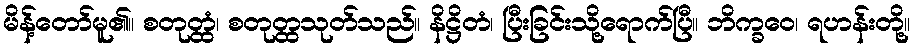
မိန့်တော်မူ၏။ စတုတ္ထံ၊ စတုတ္ထသုတ်သည်။ နိဋ္ဌိတံ၊ ပြီးခြင်းသို့ရောက်ပြီ။ ဘိက္ခဝေ၊ ရဟန်းတို့။